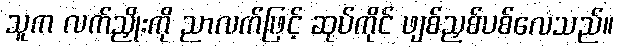
သူက လက်ညှိုးကို ညာလက်ဖြင့် ဆုပ်ကိုင် ဖျစ်ညှစ်ပစ်လေသည်။